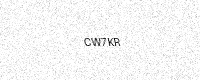
Text: CW7KR